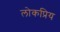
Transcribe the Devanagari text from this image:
लोकप्रिय